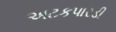
અટકપારડી